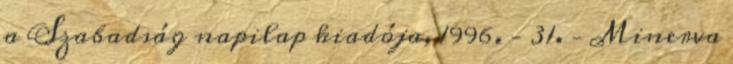
a Szabadság napilap kiadója, 1996. – 31. – Minerva